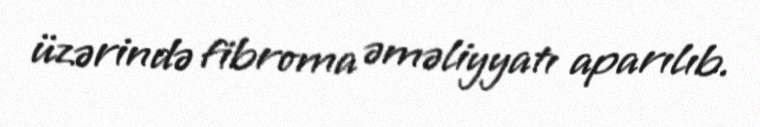
üzərində fibroma əməliyyatı aparılıb.